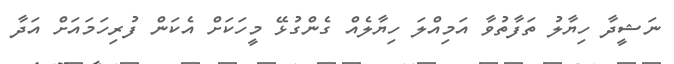
ނަޝީދާ ހިޔާލު ތަފާތުވާ އަމިއްލަ ހިޔާލެއް ގެންގުޅޭ މީހަކަށް އެކަން ފުރިހަމައަށް އަދާ